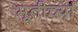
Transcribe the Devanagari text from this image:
मूतीर्च्या